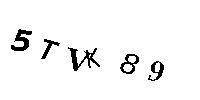
5TVK89